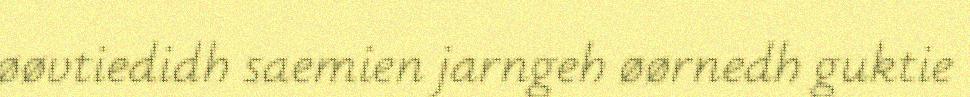
øøvtiedidh saemien jarngeh øørnedh guktie